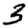
Digit: 3